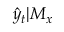
\hat { y } _ { t } | M _ { x }